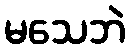
မသေဘဲ